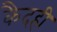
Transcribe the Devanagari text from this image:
कैदही